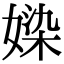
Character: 媣